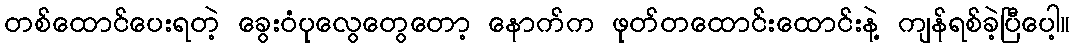
တစ်ထောင်ပေးရတဲ့ ခွေးဝံပုလွေတွေတော့ နောက်က ဖုတ်တထောင်းထောင်းနဲ့ ကျန်ရစ်ခဲ့ပြီပေါ့။